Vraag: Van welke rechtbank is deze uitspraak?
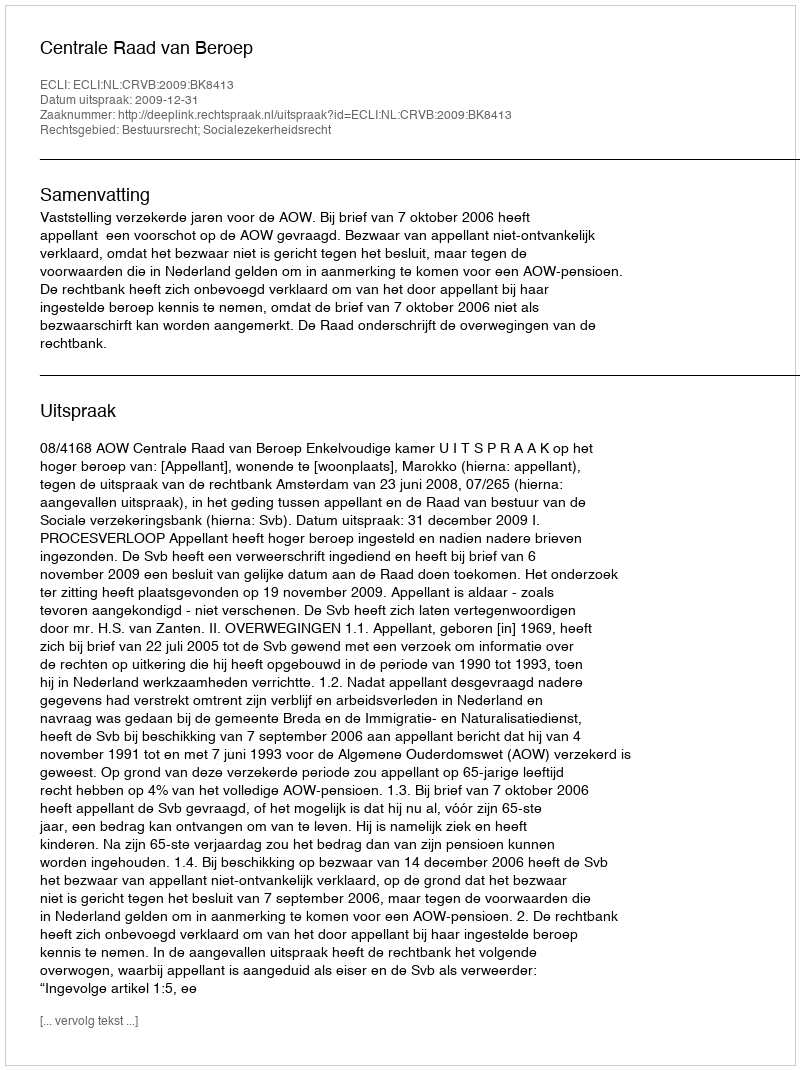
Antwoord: Centrale Raad van Beroep